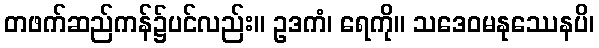
တဖက်ဆည်ကန်၌ပင်လည်း။ ဥဒကံ၊ ရေကို။ သဒေဝမနုဿေနပိ၊